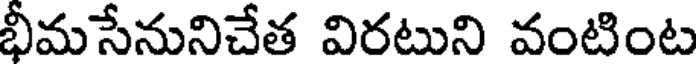
భీమసేనునిచేత విరటుని వంటింట